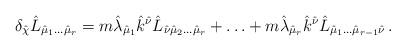
LaTeX: \begin{align*}\delta_{\hat{\chi}} \hat{L}_{\hat{\mu}_{1}\ldots\hat{\mu}_{r}}= m\hat{\lambda}_{\hat{\mu}_{1}}\hat{k}^{\hat{\nu}}\hat{L}_{\hat{\nu}\hat{\mu}_{2}\ldots\hat{\mu}_{r}}+\ldots +m\hat{\lambda}_{\hat{\mu}_{r}}\hat{k}^{\hat{\nu}}\hat{L}_{\hat{\mu}_{1}\ldots\hat{\mu}_{r-1}\hat{\nu}}\, .\end{align*}